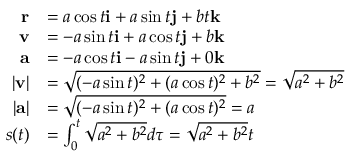
{ \begin{array} { r l } { \mathbf { r } } & { = a \cos t \mathbf { i } + a \sin t \mathbf { j } + b t \mathbf { k } } \\ { \mathbf { v } } & { = - a \sin t \mathbf { i } + a \cos t \mathbf { j } + b \mathbf { k } } \\ { \mathbf { a } } & { = - a \cos t \mathbf { i } - a \sin t \mathbf { j } + 0 \mathbf { k } } \\ { | \mathbf { v } | } & { = { \sqrt { ( - a \sin t ) ^ { 2 } + ( a \cos t ) ^ { 2 } + b ^ { 2 } } } = { \sqrt { a ^ { 2 } + b ^ { 2 } } } } \\ { | \mathbf { a } | } & { = { \sqrt { ( - a \sin t ) ^ { 2 } + ( a \cos t ) ^ { 2 } } } = a } \\ { s ( t ) } & { = \int _ { 0 } ^ { t } { \sqrt { a ^ { 2 } + b ^ { 2 } } } d \tau = { \sqrt { a ^ { 2 } + b ^ { 2 } } } t } \end{array} }